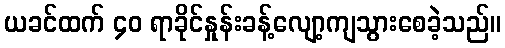
ယခင်ထက် ၄၀ ရာခိုင်နှုန်းခန့်လျော့ကျသွားစေခဲ့သည်။